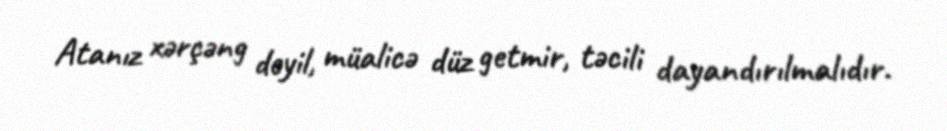
Atanız xərçəng deyil, müalicə düz getmir, təcili dayandırılmalıdır.